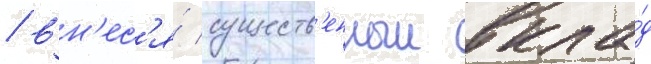
/ вн'ес'я́ существ'енныи вкла́д